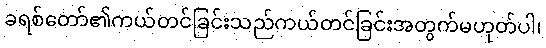
ခရစ်တော်၏ကယ်တင်ခြင်းသည်ကယ်တင်ခြင်းအတွက်မဟုတ်ပါ၊